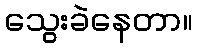
သွေးခဲနေတာ။